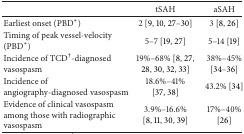
<table><thead><tr><td><b> </b></td><td><b>tSAH</b></td><td><b>aSAH</b></td></tr></thead><tbody><tr><td>Earliest onset (PBD*)</td><td>2 [9, 10, 27–30]</td><td>3 [8, 26]</td></tr><tr><td>Timing of peak vessel-velocity (PBD*)</td><td>5–7 [19, 27]</td><td>5–14 [19]</td></tr><tr><td>Incidence of TCD<sup>†</sup>-diagnosed vasospasm </td><td>19%–68% [8, 27, 28, 30, 32, 33]</td><td>38%–45% [34–36]</td></tr><tr><td>Incidence of angiography-diagnosed vasospasm </td><td>18.6%–41% [37, 38]</td><td>43.2% [34]</td></tr><tr><td>Evidence of clinical vasospasm among those with radiographic vasospasm</td><td>3.9%–16.6% [8, 11, 30, 39] </td><td>17%–40% [26] </td></tr></tbody></table>